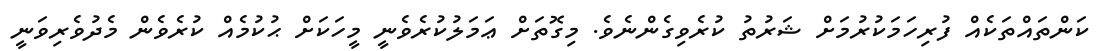
ކަންތައްތަކެއް ފުރިހަމަކުރުމަށް ޝަރުތު ކުރެވިގެންނެވެ. މިގޮތަށް ޢަމަލުކުރެވެނީ މީހަކަށް ޙުކުމެއް ކުރެވެން މެދުވެރިވަނީ